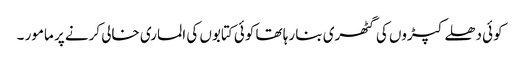
کوئی دھلے کپڑوں کی گٹھری بنا رہا تھا کوئی کتابوں کی الماری خالی کرنے پر مامور ۔